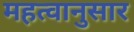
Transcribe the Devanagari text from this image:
महत्वानुसार